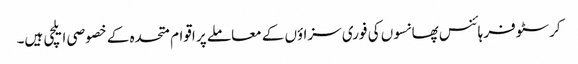
کرسٹوفر ہائنس پھانسوں کی فوری سزاؤں کے معاملے پر اقوام متحدہ کے خصوصی ایلچی ہیں۔